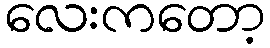
လေးကတော့